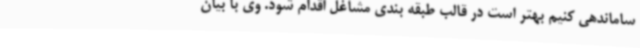
ساماندهی کنیم بهتر است در قالب طبقه بندی مشاغل اقدام شود. وی با بیان